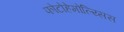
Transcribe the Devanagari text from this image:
फोटोहेमोल्य्सिस